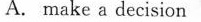
A. make a decision